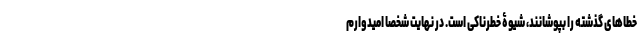
خطاهای گذشته را بپوشانند، شیوۀ خطرناکی است. در نهایت شخصا امیدوارم